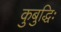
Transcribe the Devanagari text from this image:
कुबुद्धिः